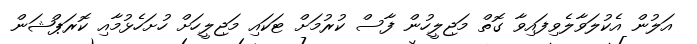
އަލުން އެކުލަވާލެވިފައިވާ ގޮތް މަޖިލީހުން ފާސް ކުރުމަށް ޓަކައި މަޖިލީހަށް ހުށަހެޅުމާއި ކޮރަޕްޝަން